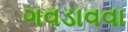
ગવડાવવા